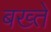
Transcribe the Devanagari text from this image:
बख्ते